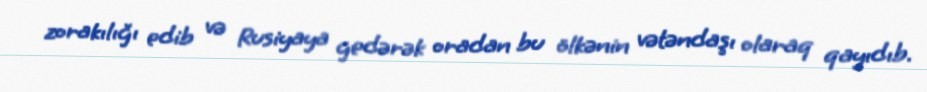
zorakılığı edib və Rusiyaya gedərək oradan bu ölkənin vətəndaşı olaraq qayıdıb.